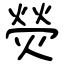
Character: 熒